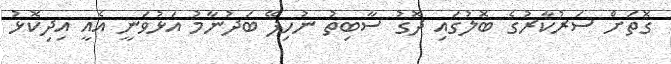
ގޮތަށް ސަރުކާރުގެ ބޮލުގައި ދޮގު ސާބިތު ނުހިފޭ ބަދުނާމު އަޅުވަނީ އެއީ އިދިކޮޅު